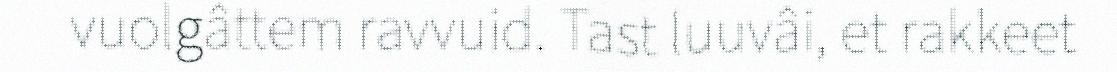
vuolgâttem ravvuid. Tast luuvâi, et rakkeet